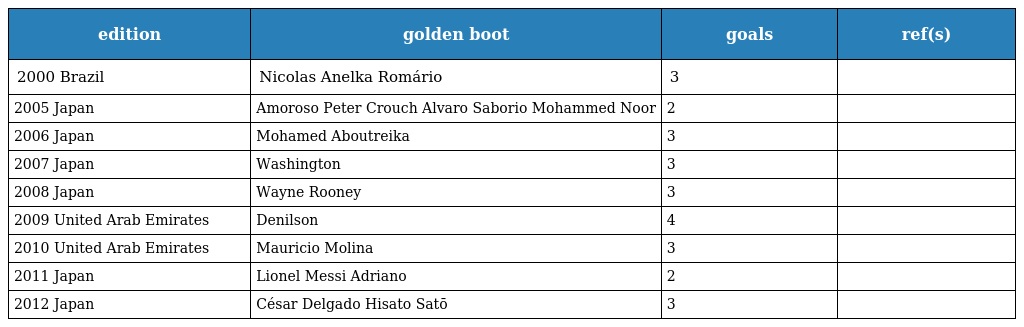
| edition | golden boot | goals | ref(s) |
 | --- | --- | --- | --- |
 | 2000 Brazil | Nicolas Anelka Romário | 3 |  |
 | 2005 Japan | Amoroso Peter Crouch Alvaro Saborio Mohammed Noor | 2 |  |
 | 2006 Japan | Mohamed Aboutreika | 3 |  |
 | 2007 Japan | Washington | 3 |  |
 | 2008 Japan | Wayne Rooney | 3 |  |
 | 2009 United Arab Emirates | Denilson | 4 |  |
 | 2010 United Arab Emirates | Mauricio Molina | 3 |  |
 | 2011 Japan | Lionel Messi Adriano | 2 |  |
 | 2012 Japan | César Delgado Hisato Satō | 3 |  |